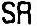
SR